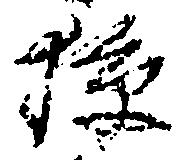
校